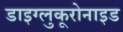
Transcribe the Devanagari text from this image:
डाइग्लुकूरोनाइड